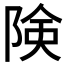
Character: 険